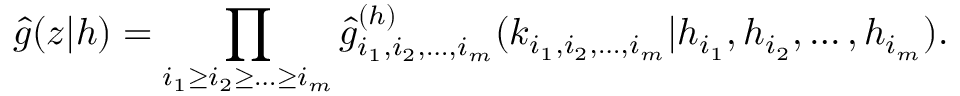
\hat { g } ( z | h ) = \prod _ { i _ { 1 } \geq i _ { 2 } \geq \ldots \geq i _ { m } } \hat { g } _ { i _ { 1 } , i _ { 2 } , \ldots , i _ { m } } ^ { ( h ) } ( k _ { i _ { 1 } , i _ { 2 } , \ldots , i _ { m } } | h _ { i _ { 1 } } , h _ { i _ { 2 } } , \ldots , h _ { i _ { m } } ) .